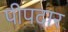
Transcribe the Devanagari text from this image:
पीपदार